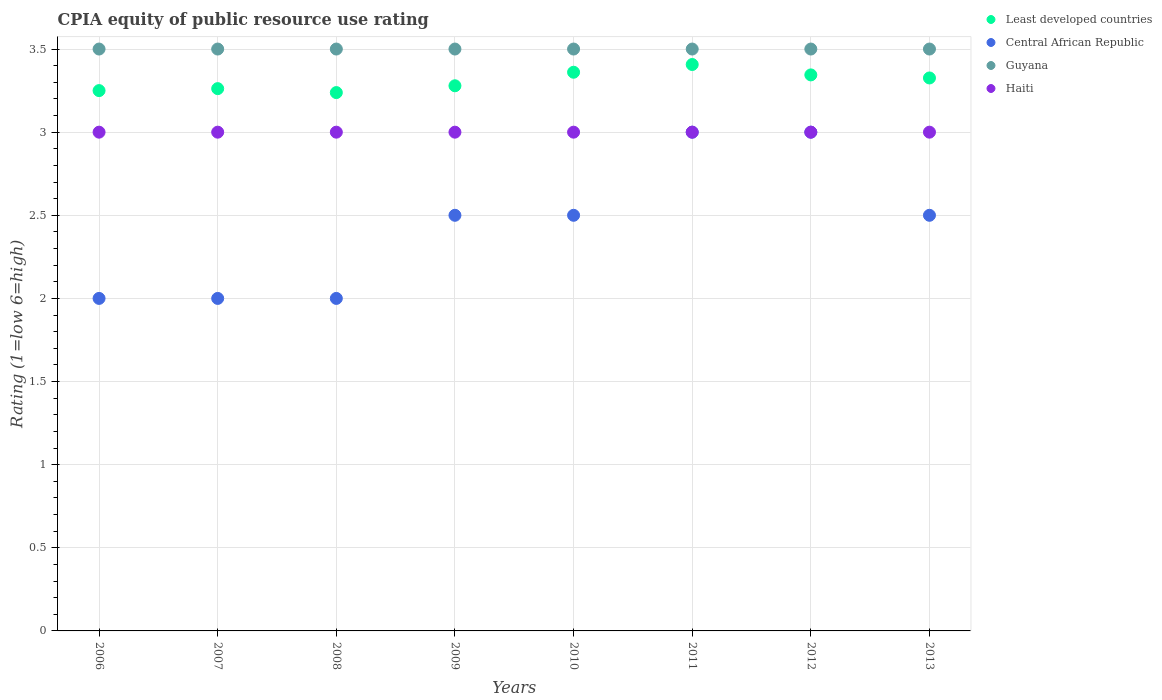
| Years | Least developed countries | Central African Republic | Guyana | Haiti |
 | --- | --- | --- | --- | --- |
 | 2006 | 3.25 | 2 | 3.5 | 3 |
 | 2007 | 3.26 | 2 | 3.5 | 3 |
 | 2008 | 3.24 | 2 | 3.5 | 3 |
 | 2009 | 3.28 | 2.5 | 3.5 | 3 |
 | 2010 | 3.36 | 2.5 | 3.5 | 3 |
 | 2011 | 3.41 | 3 | 3.5 | 3 |
 | 2012 | 3.34 | 3 | 3.5 | 3 |
 | 2013 | 3.33 | 2.5 | 3.5 | 3 |